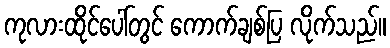
ကုလားထိုင်ပေါ်တွင် ကောက်ချစ်ပြ လိုက်သည်။